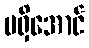
မရှိအောင်